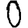
Digit: 0